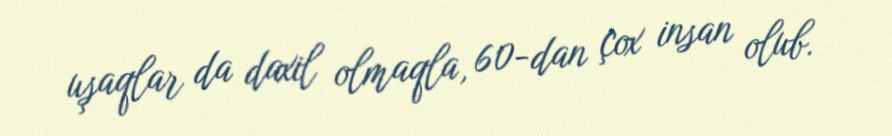
uşaqlar da daxil olmaqla, 60-dan çox insan olub.